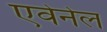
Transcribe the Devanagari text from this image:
एवेनेल